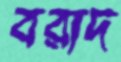
বরাদ